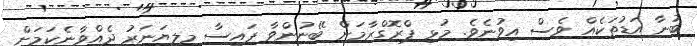
ބުނާ އަޑުތަކެއް ވެސް އިވުނެވެ. މުޅި ޕްރޮގްރާމަށް ބޭނުންވާ ފައިސާ މިލިޔަނަރު ދެއްވާނެކަމަށް